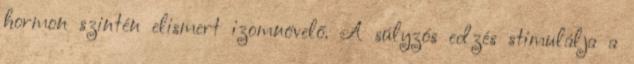
hormon szintén elismert izomnövelő. A súlyzós edzés stimulálja a